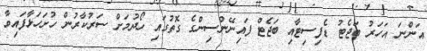
އަންނަ އަހަރު ބަޖެޓު ޑެފިސިޓާއި ބަޖެޓް ފައިނޭންސިންގެ ގޮތުގައި ހޯދުމަށް ސަރުކާރުން ހުށަހަޅާފައިވާ